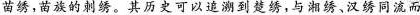
苗绣，苗族的刺绣。其历史可以追到楚好，与湘绣、汉绣同流而